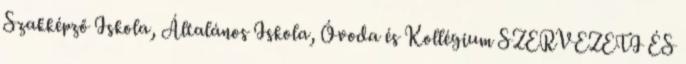
Szakképző Iskola, Általános Iskola, Óvoda és Kollégium SZERVEZETI ÉS